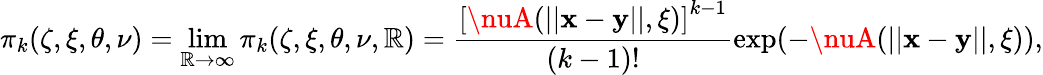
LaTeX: \pi_{k}(\zeta,\xi,\theta,\nu)=\operatorname*{lim}_{\mathbb{R}\to\infty}\pi_{k}(\zeta,\xi,\theta,\nu,\mathbb{R})=\frac{{\left[\nuA(||\mathbf{x}-\mathbf{y}||,\xi)\right]^{k-1}}}{{(k-1)!}}\exp(-\nuA(||\mathbf{x}-\mathbf{y}||,\xi)),